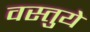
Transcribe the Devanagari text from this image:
वस्तुये